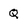
Character: Q